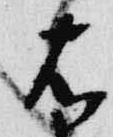
右